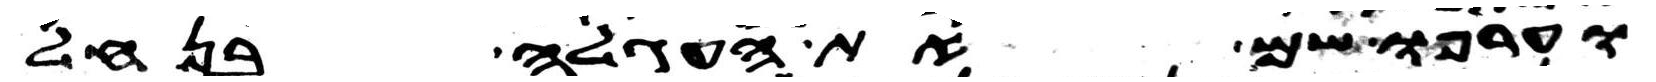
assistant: וערפו שם את העגלה בנחל